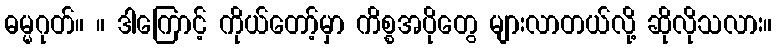
ဓမ္မဂုတ်။ ။ ဒါကြောင့် ကိုယ်တော့်မှာ ကိစ္စအပိုတွေ များလာတယ်လို့ ဆိုလိုသလား။